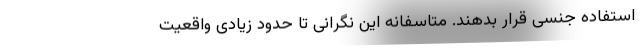
استفاده جنسی قرار بدهند. متاسفانه این نگرانی تا حدود زیادی واقعیت